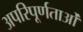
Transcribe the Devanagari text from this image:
अपरिपूर्णताओं